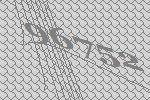
96752